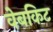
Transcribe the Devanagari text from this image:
वेबकिट